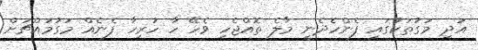
އަދި މަގުތަކުގައި ފެންހެދެނީ މާލެ ތޮއްޖެހި ވެހޭ ހާ ހުރިހާ ފެނެއް މަގުމައްޗަށް